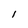
Character: I